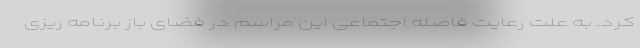
کرد. به علت رعایت فاصله اجتماعی این مراسم در فضای باز برنامه ریزی